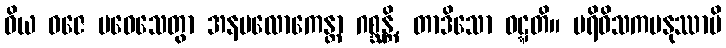
ဝိယ ဝဇေ ပဝေသေတွာ အနပလောကေန္တာ ဂစ္ဆန္တိ, တာဒိသော ဝဋ္ဋတိ။ ပရိဝိသကမနုဿာပိ